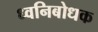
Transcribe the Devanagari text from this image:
ध्वनिबोधक